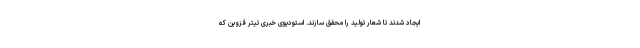
ایجاد شدند تا شعار تولید را محقق سازند. استودیوی خبری تیتر قزوین که